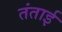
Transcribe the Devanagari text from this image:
तंताई